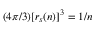
( 4 \pi / 3 ) [ r _ { s } ( n ) ] ^ { 3 } = 1 / n